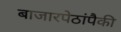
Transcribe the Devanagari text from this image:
बाजारपेठांपैकी